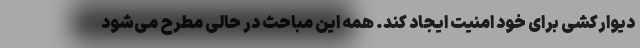
دیوارکشی برای خود امنیت ایجاد کند. همه این مباحث در حالی مطرح می‌شود